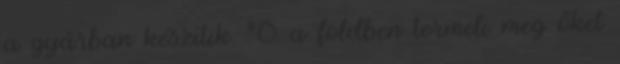
a gyárban készítik. Ő a földben termeli meg őket